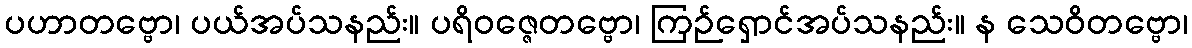
ပဟာတဗ္ဗော၊ ပယ်အပ်သနည်း။ ပရိဝဇ္ဇေတဗ္ဗော၊ ကြဉ်ရှောင်အပ်သနည်း။ န သေဝိတဗ္ဗော၊